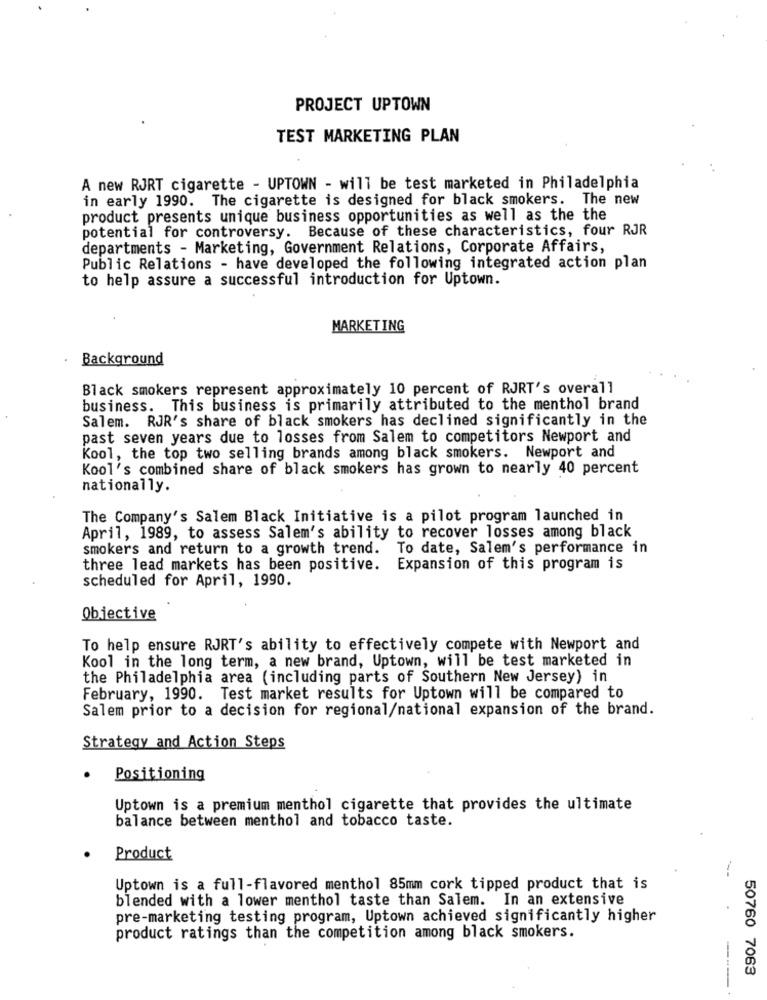
PROJECT UPTOWN
TEST MARKETING PLAN
A new RJRT cigarette - UPTOWN - will be test marketed in Philadelphia
in early 1990. The cigarette is designed for black smokers. The new
product presents unique business opportunities as well as the the
potential for controversy. Because of these characteristics, four RJR
departments - Marketing, Government Relations, Corporate Affairs,
Public Relations - have developed the following integrated action plan
to help assure a successful introduction for Uptown.
MARKETING
Background
Black smokers represent approximately 10 percent of RJRT's overall
business. This business is primarily attributed to the menthol brand
Salem. RJR's share of black smokers has declined significantly in the
past seven years due to losses from Salem to competitors Newport and
Kool, the top two selling brands among black smokers. Newport and
Kool's combined share of black smokers has grown to nearly 40 percent
nationally.
The Company's Salem Black Initiative is a pilot program launched in
April, 1989, to assess Salem's ability to recover losses among black
smokers and return to a growth trend. To date, Salem's performance in
three lead markets has been positive. Expansion of this program is
scheduled for April, 1990.
Objective
To help ensure RJRT's ability to effectively compete with Newport and
Kool in the long term, a new brand, Uptown, will be test marketed in
the Philadelphia area (including parts of Southern New Jersey) in
February, 1990. Test market results for Uptown will be compared to
Salem prior to a decision for regional/national expansion of the brand.
Strategy and Action Steps
Positioning
Uptown is a premium menthol cigarette that provides the ultimate
balance between menthol and tobacco taste.
Product
Uptown is a full-flavored menthol 85mm cork tipped product that is
blended with a lower menthol taste than Salem. In an extensive
pre-marketing testing program, Uptown achieved significantly higher
product ratings than the competition among black smokers.
50760 7063